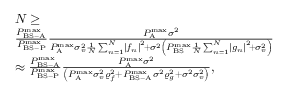
\begin{array} { r l } & { N \ge } \\ & { \frac { { P _ { { \mathrm { B S - A } } } ^ { \operatorname* { m a x } } } } { { P _ { { \mathrm { B S - P } } } ^ { \operatorname* { m a x } } } } \frac { { P _ { \mathrm { A } } ^ { \operatorname* { m a x } } { \sigma ^ { 2 } } } } { { P _ { \mathrm { A } } ^ { \operatorname* { m a x } } \sigma _ { v } ^ { 2 } \frac { 1 } { N } \sum _ { n = 1 } ^ { N } \! { { { \left| { { f _ { n } } } \right| } ^ { 2 } } } \! + \! { \sigma ^ { 2 } } \left( { P _ { { \mathrm { B S } } } ^ { \operatorname* { m a x } } \frac { 1 } { N } \sum _ { n = 1 } ^ { N } \! { { \left| { { g _ { n } } } \right| } ^ { 2 } } \! + \! \sigma _ { v } ^ { 2 } } \right) } } } \\ & { \approx \frac { { P _ { { \mathrm { B S - A } } } ^ { { \operatorname* { m a x } } } } } { { P _ { { \mathrm { B S - P } } } ^ { { \operatorname* { m a x } } } } } \frac { { P _ { \mathrm { A } } ^ { { \operatorname* { m a x } } } { \sigma ^ { 2 } } } } { { \left( { P _ { \mathrm { A } } ^ { { \operatorname* { m a x } } } \sigma _ { v } ^ { 2 } \varrho _ { f } ^ { 2 } + P _ { { \mathrm { B S - A } } } ^ { { \operatorname* { m a x } } } { \sigma ^ { 2 } } \varrho _ { g } ^ { 2 } + { \sigma ^ { 2 } } \sigma _ { v } ^ { 2 } } \right) } } , } \end{array}